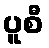
ပူစီ